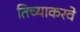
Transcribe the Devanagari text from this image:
तिच्याकरवे